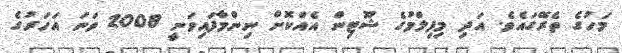
މަހުގެ ތެރޭގައެވެ. އަދި މިފިލްމުގެ ޝޫޓިން އެއްކޮށް ނިންމާފައިވަނީ 2008 ވަނަ އަހަރުގެ